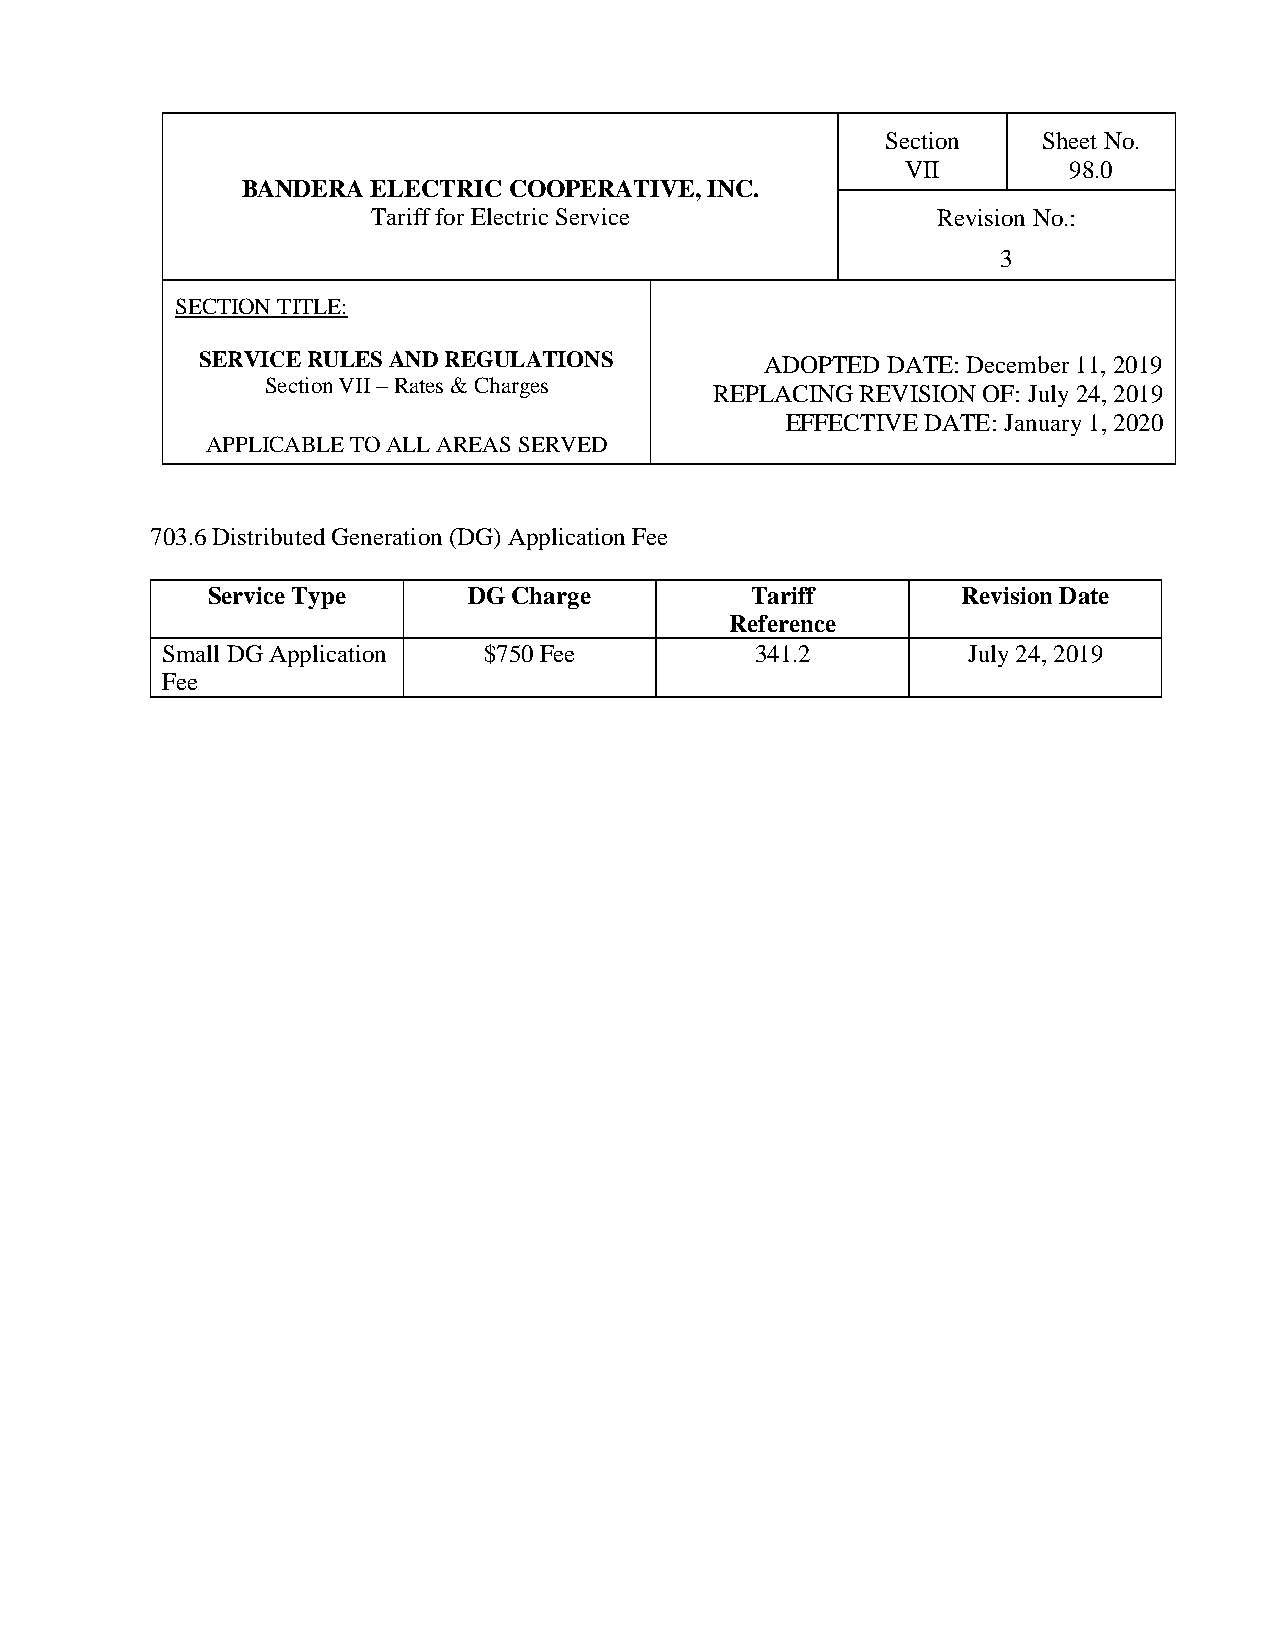
Section   Sheet No.
 VII        98.0
 BANDERA  ELECTRIC COOPERATIVE, INC.
 Tariff for Electric Service          Revision No.:
 3
 SECTION TITLE:
 SERVICE RULES AND REGULATIONS         ADOPTED DATE: December 11, 2019
 Section VII – Rates & Charges
 REPLACING REVISION OF: July 24, 2019
 EFFECTIVE DATE: January 1, 2020
 APPLICABLE TO ALL AREAS SERVED
 703.6 Distributed Generation (DG) Application Fee
 Service Type     DG Charge          Tariff        Revision Date
 Reference
 Small DG Application $750 Fee          341.2         July 24, 2019
 Fee